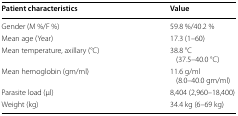
| Patient characteristics | Value |
 | --- | --- |
 | Gender (M %/F %) | 59.8 %/40.2 % |
 | Mean age (Year) | 17.3 (1–60) |
 | Mean temperature, axillary (°C) | 38.8 °C (37.5–40.0 °C) |
 | Mean hemoglobin (gm/ml) | 11.6 g/ml (8.0–40.0 gm/ml) |
 | Parasite load (μl) | 8,404 (2,960–18,400) |
 | Weight (kg) | 34.4 kg (6–69 kg) |